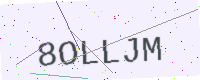
Text: 8OLLJM